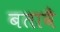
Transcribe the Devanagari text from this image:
बतावै